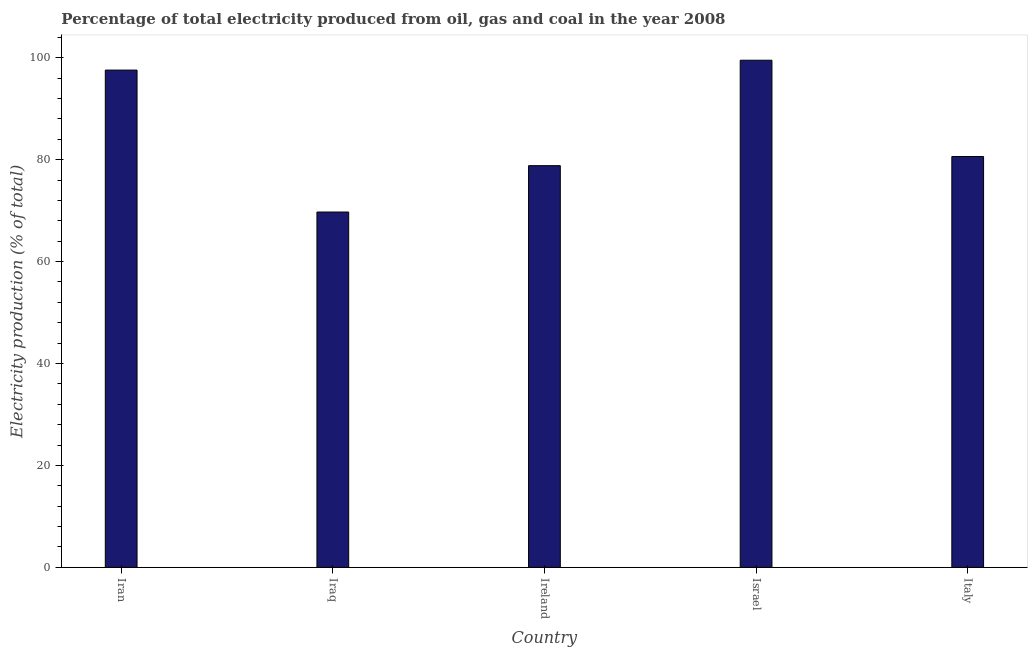
| Country | Electricity production |
 | --- | --- |
 | Iran | 97.6 |
 | Iraq | 69.7 |
 | Ireland | 78.8 |
 | Israel | 99.5 |
 | Italy | 80.6 |